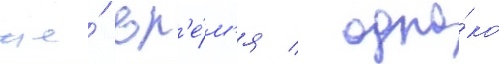
же́ вр'е́м'я / одна́ко